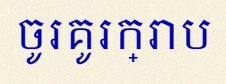
ចូរគូរក្រាប